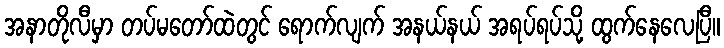
အနာတိုလီမှာ တပ်မတော်ထဲတွင် ရောက်လျက် အနယ်နယ် အရပ်ရပ်သို့ ထွက်နေလေပြီ။